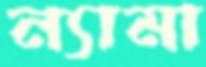
ন্যামা